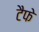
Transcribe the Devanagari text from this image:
टैफे